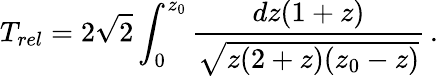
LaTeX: T_{rel}=2\sqrt{2}\int_{0}^{z_{0}}{\frac{dz(1+z)}{\sqrt{z(2+z)(z_{0}-z)}}}\, .